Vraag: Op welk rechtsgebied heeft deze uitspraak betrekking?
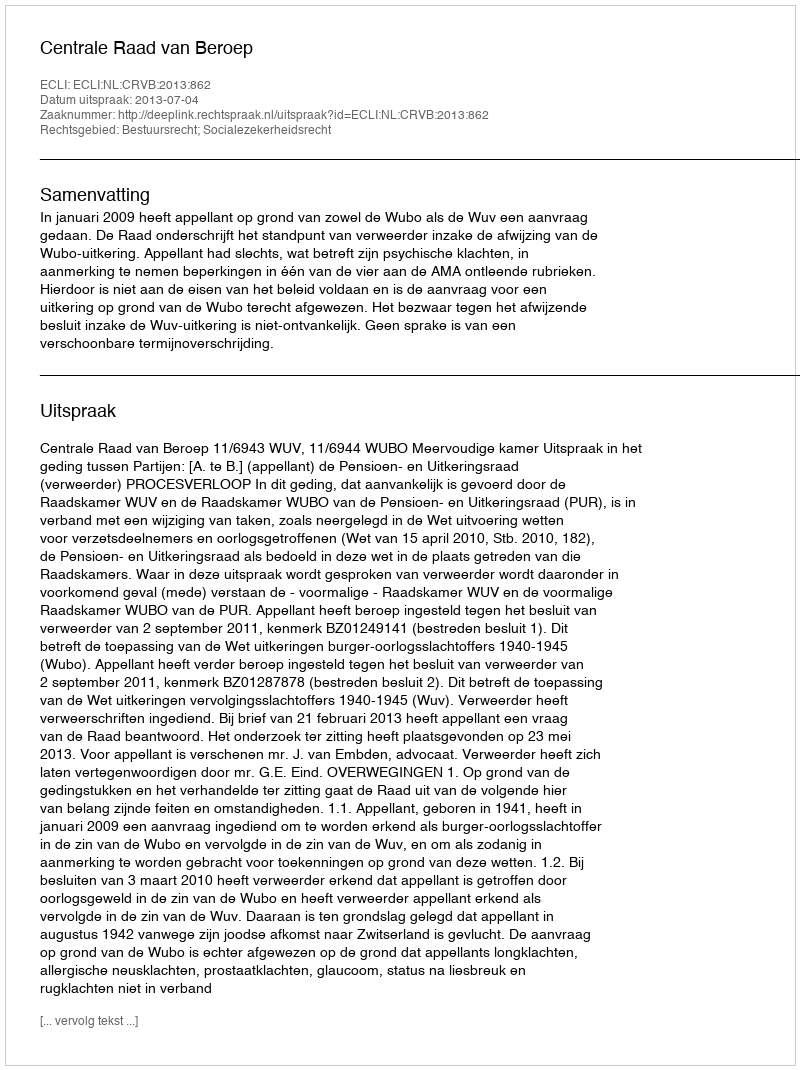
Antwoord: Bestuursrecht; Socialezekerheidsrecht